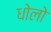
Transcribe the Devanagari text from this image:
धोलो